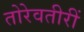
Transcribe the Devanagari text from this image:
तोरेवतीरीं